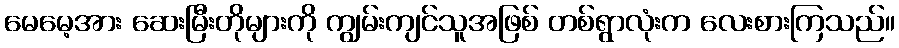
မေမေ့အား ဆေးမြီးတိုများကို ကျွမ်းကျင်သူအဖြစ် တစ်ရွာလုံးက လေးစားကြသည်။